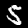
Label: 5